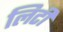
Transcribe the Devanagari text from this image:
लिटी